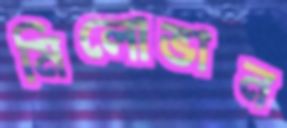
মিলোভান